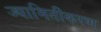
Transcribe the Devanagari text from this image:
ज्यामितीकरण